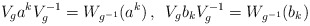
\begin{align*} V_{g}a^{k}V_{g}^{-1} = W_{g^{-1}}(a^{k}) \, , \enspace V_{g}b_{k}V_{g}^{-1} = W_{g^{-1}} (b_{k})\end{align*}